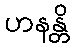
ဟနန္တိ